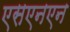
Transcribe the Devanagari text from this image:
एसएनएन